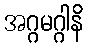
အဂ္ဂမဂ္ဂါနိ